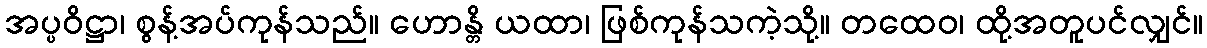
အပ္ပဝိဋ္ဌာ၊ စွန့်အပ်ကုန်သည်။ ဟောန္တိ ယထာ၊ ဖြစ်ကုန်သကဲ့သို့။ တထေဝ၊ ထို့အတူပင်လျှင်။